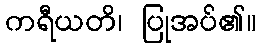
ကရီယတိ၊ ပြုအပ်၏။